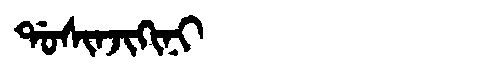
Manchu: ᡩᠣᠰᡳᠨᠵᡳᡴᡳᠨᡳ
Romanization: DOSINJIKINI